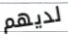
لديهم